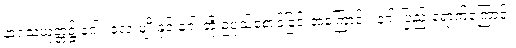
နာဂသံယုတ္တ၌ နဂါး လေးမျိုးနှင့် နဂါးတို့ ဥပုသ်စောင့်ခြင်းအကြောင်း၊ နဂါးပြည် ရောက်ကြောင်း